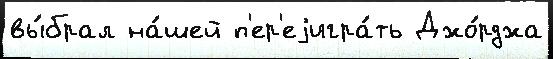
вы́брал на́шей п'ер'еjигра́ть Джо́рджа